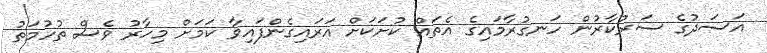
އަސަދުގެ ސަރުކާރުން ހަނގުރާމައިގެ އެތައް ކުށަކަށް އަރައިގެންފައިވާ ކަމަށް މިހާރު ވެސް ތުހުމަތު